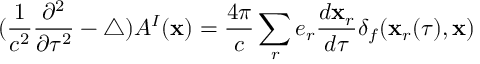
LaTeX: ( \frac { 1 } { c ^ { 2 } } \frac { \partial ^ { 2 } } { \partial \tau ^ { 2 } } - \triangle ) { \cal A } ^ { I } ( { \bf x } ) = \frac { 4 \pi } { c } \sum _ { r } e _ { r } \frac { d { \bf x } _ { r } } { d \tau } \delta _ { f } ( { \bf x } _ { r } ( \tau ) , { \bf x } )